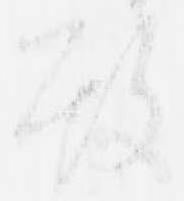
殿